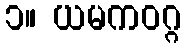
၁။ ယမကဝဂ္ဂ